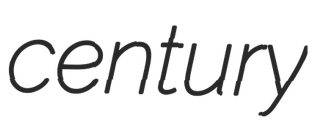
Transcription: century